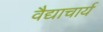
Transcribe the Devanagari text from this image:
वैद्याचार्य